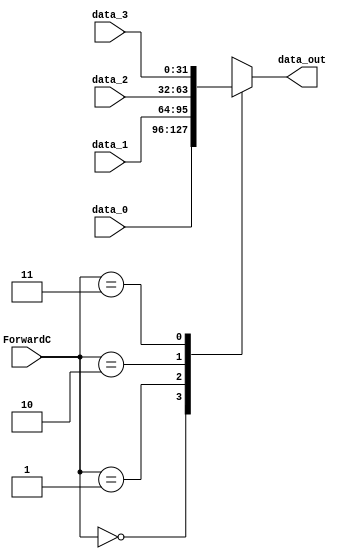
module Mux8(data_out, data_0, data_1, data_2, data_3, ForwardC);

input 	[31:0] 	data_0;
input 	[31:0] 	data_1;
input 	[31:0] 	data_2;
input 	[31:0] 	data_3;
input	[1:0]	ForwardC;
output	[31:0] 	data_out;
reg	[31:0] 	data_out;

always@(ForwardC or data_0 or data_1 or data_2 or data_3)  begin
	case(ForwardC)
	0:	data_out = data_0; 
	1:	data_out = data_1; 
	2:	data_out = data_2; 
	3:	data_out = data_3; 
	endcase
end
endmodule